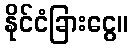
နိုင်ငံခြားငွေ။